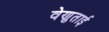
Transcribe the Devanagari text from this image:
वेणुताई